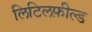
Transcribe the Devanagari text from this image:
लिटिलफ़ील्ड